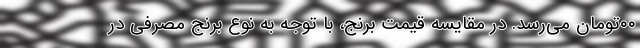
۰۰تومان می‌رسد. در مقایسه قیمت برنج، با توجه به نوع برنج مصرفی در